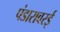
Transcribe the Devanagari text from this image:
पंडारावरई